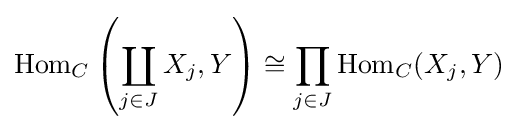
\operatorname {Hom} _{C}\left(\coprod _{j\in J}X_{j},Y\right)\cong \prod _{j\in J}\operatorname {Hom} _{C}(X_{j},Y)